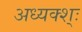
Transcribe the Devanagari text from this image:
अध्यक्श्ः